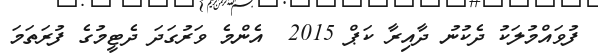
ފުވައްމުލަކު ދެކުނު ދާއިރާ ކަޕް 2015  އެންމެ ވަރުގަދަ ދެޓީމުގެ ފުރަތަމަ